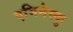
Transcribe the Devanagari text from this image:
एमिनेस्कु